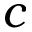
c